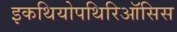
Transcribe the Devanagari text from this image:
इकथियोपथिरिऑसिस